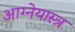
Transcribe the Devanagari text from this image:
आग्‍नेयास्‍त्र